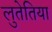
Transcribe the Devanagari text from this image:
लुतेतिया